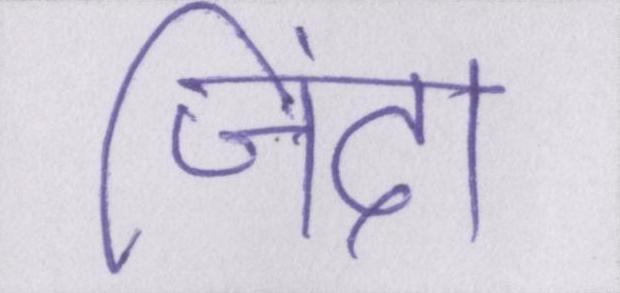
जिंदा